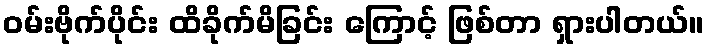
ဝမ်းဗိုက်ပိုင်း ထိခိုက်မိခြင်း ကြောင့် ဖြစ်တာ ရှားပါတယ်။